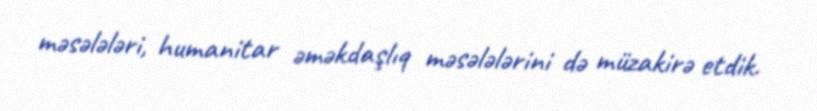
məsələləri, humanitar əməkdaşlıq məsələlərini də müzakirə etdik.